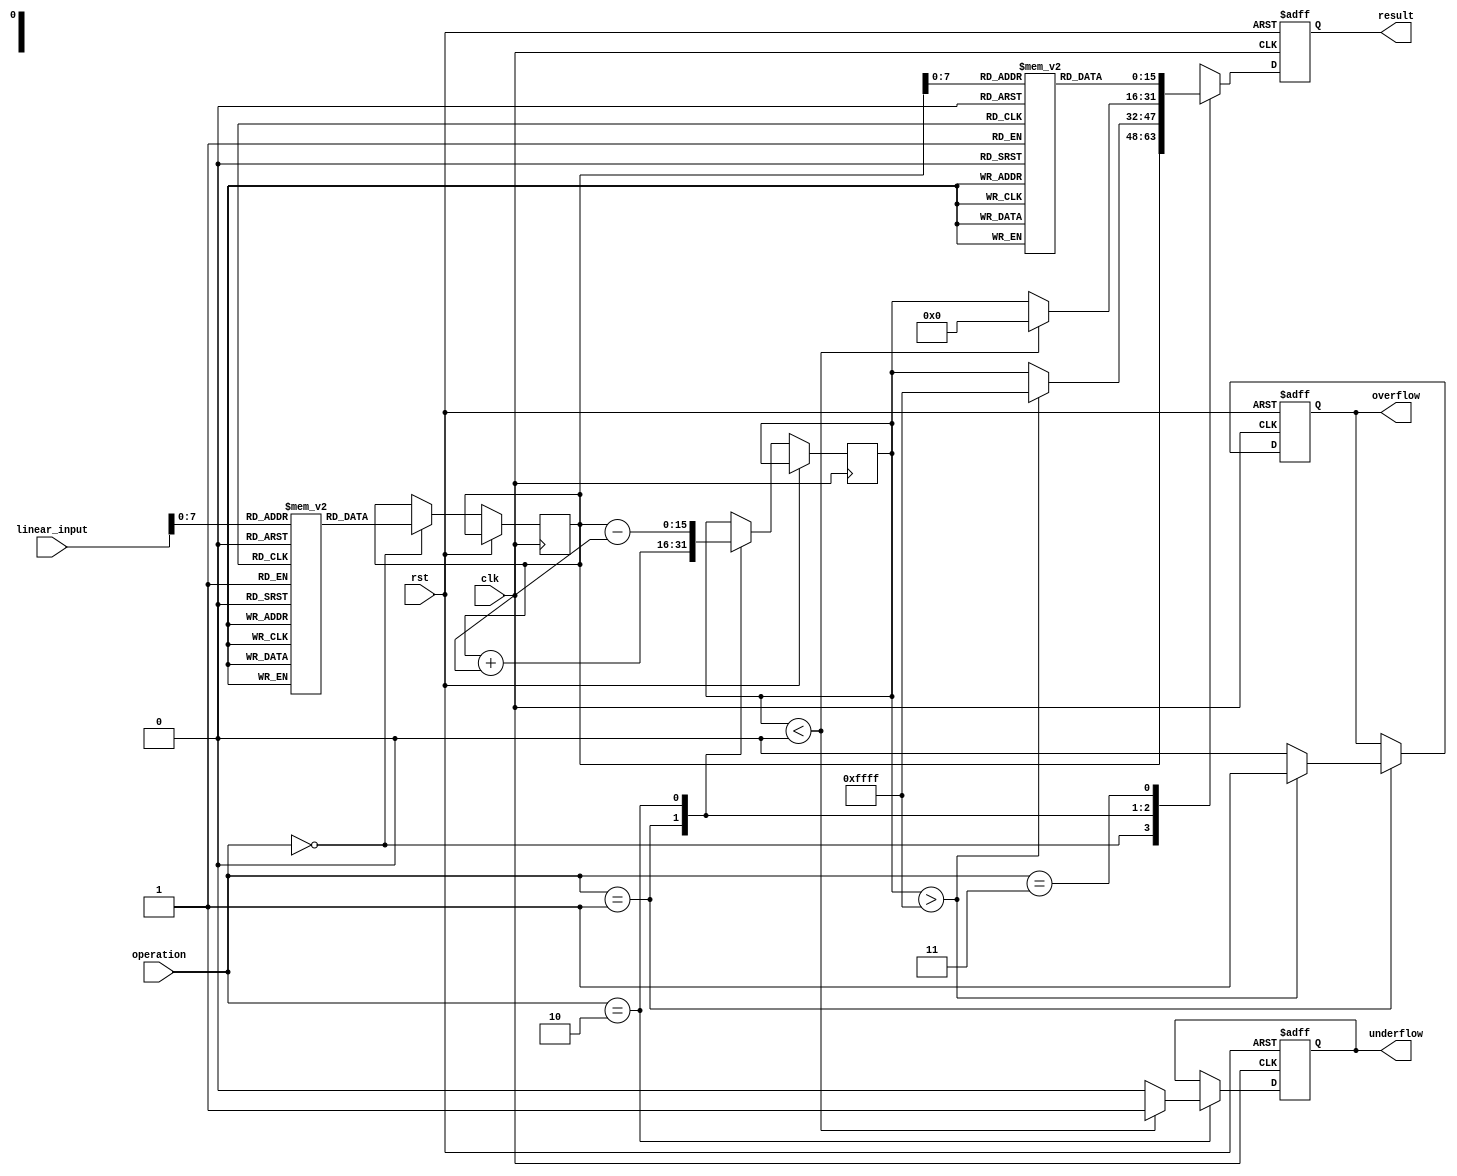
module LogarithmBasedDSPU (
    input clk,
    input rst,
    input [15:0] linear_input,  // 16-bit input signal
    input [1:0] operation,       // 00: log, 01: add, 10: sub, 11: exp
    output reg [15:0] result,    // 16-bit output signal
    output reg overflow,          // Overflow flag
    output reg underflow          // Underflow flag
);

// Logarithm and Exponential LUTs
reg [15:0] log_lut [0:255]; // Example LUT for logarithmic conversion
reg [15:0] exp_lut [0:255]; // Example LUT for exponential conversion

initial begin
    // Initialize the logarithmic LUT
    // log_lut[i] = log2(i) for i in [1, 255] (for example)
    // Initialize the exponential LUT
    // exp_lut[i] = exp2(i) for i in [0, 255] (for example)
end

reg [15:0] log_value_a;
reg [15:0] log_value_b;
reg [15:0] temp_result;

always @(posedge clk or posedge rst) begin
    if (rst) begin
        result <= 16'd0;
        overflow <= 1'b0;
        underflow <= 1'b0;
    end else begin
        case (operation)
            2'b00: begin // Logarithmic Conversion
                // Clamp input to LUT range
                log_value_a <= log_lut[linear_input[7:0]];
                result <= log_value_a;
            end
            
            2'b01: begin // Logarithmic Addition
                // Simple addition in logarithmic domain with overflow check
                temp_result <= log_value_a + log_value_b;
                if (temp_result > 16'hFFFF) begin // Example overflow check
                    overflow <= 1'b1;
                    result <= 16'hFFFF; // Clamp to max value
                end else begin
                    overflow <= 1'b0;
                    result <= temp_result;
                end
            end
            
            2'b10: begin // Logarithmic Subtraction
                // Simple subtraction in logarithmic domain
                temp_result <= log_value_a - log_value_b;
                if (temp_result < 16'd0) begin // Underflow check
                    underflow <= 1'b1;
                    result <= 16'd0; // Clamp to min value
                end else begin
                    underflow <= 1'b0;
                    result <= temp_result;
                end
            end
            
            2'b11: begin // Exponential Conversion
                // Clamp input to LUT range
                result <= exp_lut[log_value_a[7:0]];
            end
            
            default: begin
                result <= 16'd0;
                overflow <= 1'b0;
                underflow <= 1'b0;
            end
        endcase
    end
end

endmodule